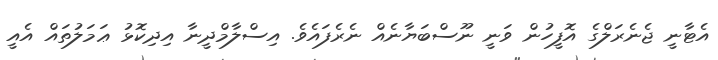
އެޓާނީ ޖެނެރަލްގެ އޮފީހުން ވަނީ ނޫސްބަޔާނެއް ނެރެފައެވެ. އިސްލާމްދީނާ އިދިކޮޅު ޢަމަލުތައް އެއީ